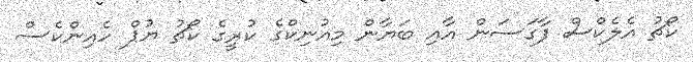
ކޯޗު އެލެކްސް ފާގަސަން އާއި ބަޔާން މިއުނިކްގެ ކުރީގެ ކޯޗު ޔުޕް ހެއިންކެސް